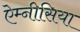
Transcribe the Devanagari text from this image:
ऐम्नीसिया